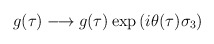
\begin{align*}g(\tau ) \longrightarrow g(\tau ) \exp \left( i\theta (\tau )\sigma _3\right) \end{align*}